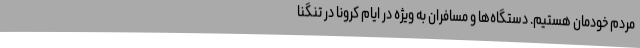
مردم خودمان هستیم. دستگاه‌ها و مسافران به ویژه در ایام کرونا در تنگنا